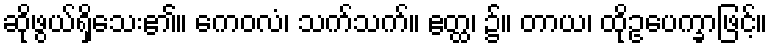
ဆိုဖွယ်ရှိသေး၏။ ကေဝလံ၊ သက်သက်။ ဧတ္ထ၊ ၌။ တာယ၊ ထိုဥပေက္ခာဖြင့်။